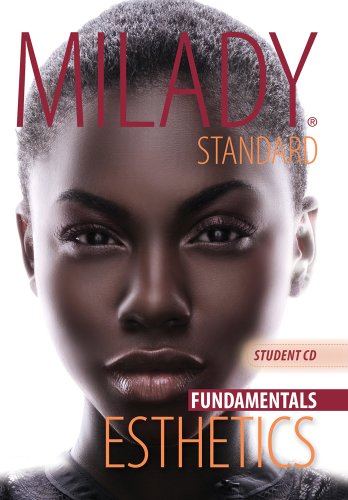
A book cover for Student CD for Milady Standard Esthetics: Fundamentals (Individual Version); Milady; Health, Fitness & Dieting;